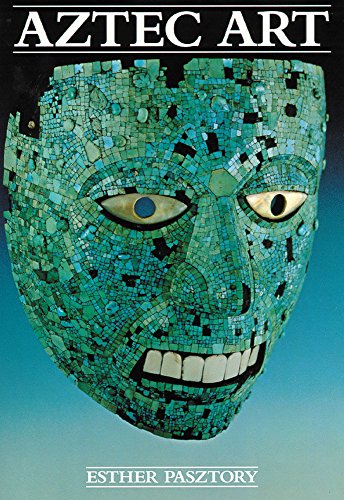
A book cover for Aztec Art; Dr. Esther Pasztory Ph.D; History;